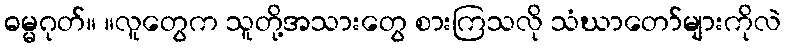
ဓမ္မဂုတ်။ ။လူတွေက သူတို့အသားတွေ စားကြသလို သံဃာတော်များကိုလဲ